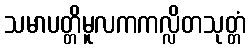
သမာပတ္တိမူလကကလ္လိတသုတ္တံ